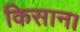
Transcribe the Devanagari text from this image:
किसान।